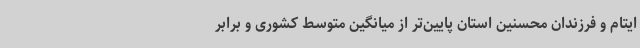
ایتام و فرزندان محسنین استان پایین‌تر از میانگین متوسط کشوری و برابر